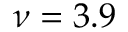
\nu = 3 . 9